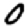
Digit: 0